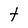
Character: t